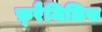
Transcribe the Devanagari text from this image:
फ़्रैजिलिस